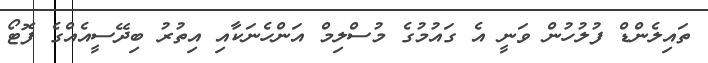
ތައިލެންޑް ފުލުހުން ވަނީ އެ ގައުމުގެ މުސްލިމް އަންހެނަކާއި އިތުރު ބިދޭސީއެެެއްގެ ފޮޓޯ